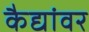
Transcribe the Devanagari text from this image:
कैद्यांवर